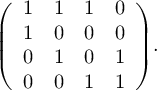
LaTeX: { \left( \begin{array} { l l l l } { 1 } & { 1 } & { 1 } & { 0 } \\ { 1 } & { 0 } & { 0 } & { 0 } \\ { 0 } & { 1 } & { 0 } & { 1 } \\ { 0 } & { 0 } & { 1 } & { 1 } \end{array} \right) } .